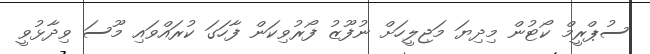
ސުޕްރީމް ކޯޓުން މިދިޔަ މަޖިލީހަށް ނުފޫޒު ފޯރުވިކަން ފާހަގަ ކުރައްވައި މޫސަ ވިދާޅުވީ